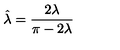
\hat { \lambda } = \frac { 2 \lambda } { \pi - 2 \lambda }